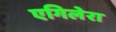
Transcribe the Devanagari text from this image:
एगिलेरा